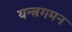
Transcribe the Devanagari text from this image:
यन्त्रगमन